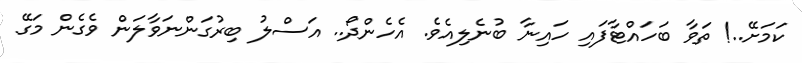
ކަމަށޭ..! ތަވާ ބަހައްޓާފައި ހައިނާ ބުނެލިއެވެ. އެހެންދޯ.. އަސްލު ބިރުގަންނަވާލަން ވެގެން މަގޭ